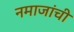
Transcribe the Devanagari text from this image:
नमाजांची